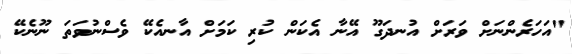
"އަހަރެންނަށް ވަރަށް އުނދަގޫ އޭނާ އެކަން ކުރި ކަމަށް އާނއެކޭ ވެސްނުވަތަ ނޫނެކޭ